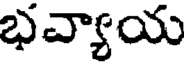
భవ్యాయ